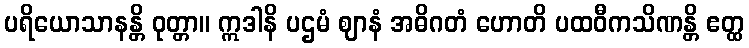
ပရိယောသာနန္တိ ဝုတ္တာ။ ဣဒါနိ ပဌမံ ဈာနံ အဓိဂတံ ဟောတိ ပထဝီကသိဏန္တိ ဧတ္ထ